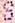
S